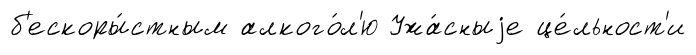
б'ескоры́стным алкого́л'ю Ужа́сныjе це́льност'и